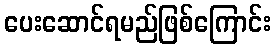
ပေးဆောင်ရမည်ဖြစ်ကြောင်း